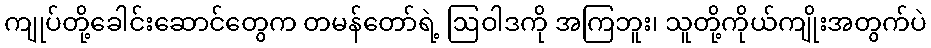
ကျုပ်တို့ခေါင်းဆောင်တွေက တမန်တော်ရဲ့ ဩဝါဒကို အကြဘူး၊ သူတို့ကိုယ်ကျိုးအတွက်ပဲ